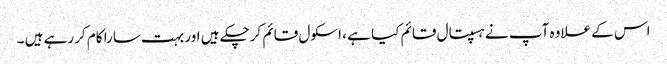
اس کے علاوہ آپ نے ہسپتال قائم کیا ہے ، اسکول قائم کرچکے ہیں اور بہت سارا کام کررہے ہیں ۔